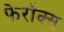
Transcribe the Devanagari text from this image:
फेरॉक्स